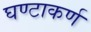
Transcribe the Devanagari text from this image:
घण्टाकर्ण